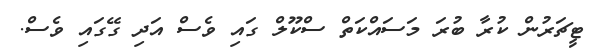
ޓީޗަރުން ކުރާ ބުރަ މަަސައްކަތް ސްކޫލް ގައި ވެސް އަދި ގޭގައި ވެސް.